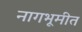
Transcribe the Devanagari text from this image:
नागभूमीत